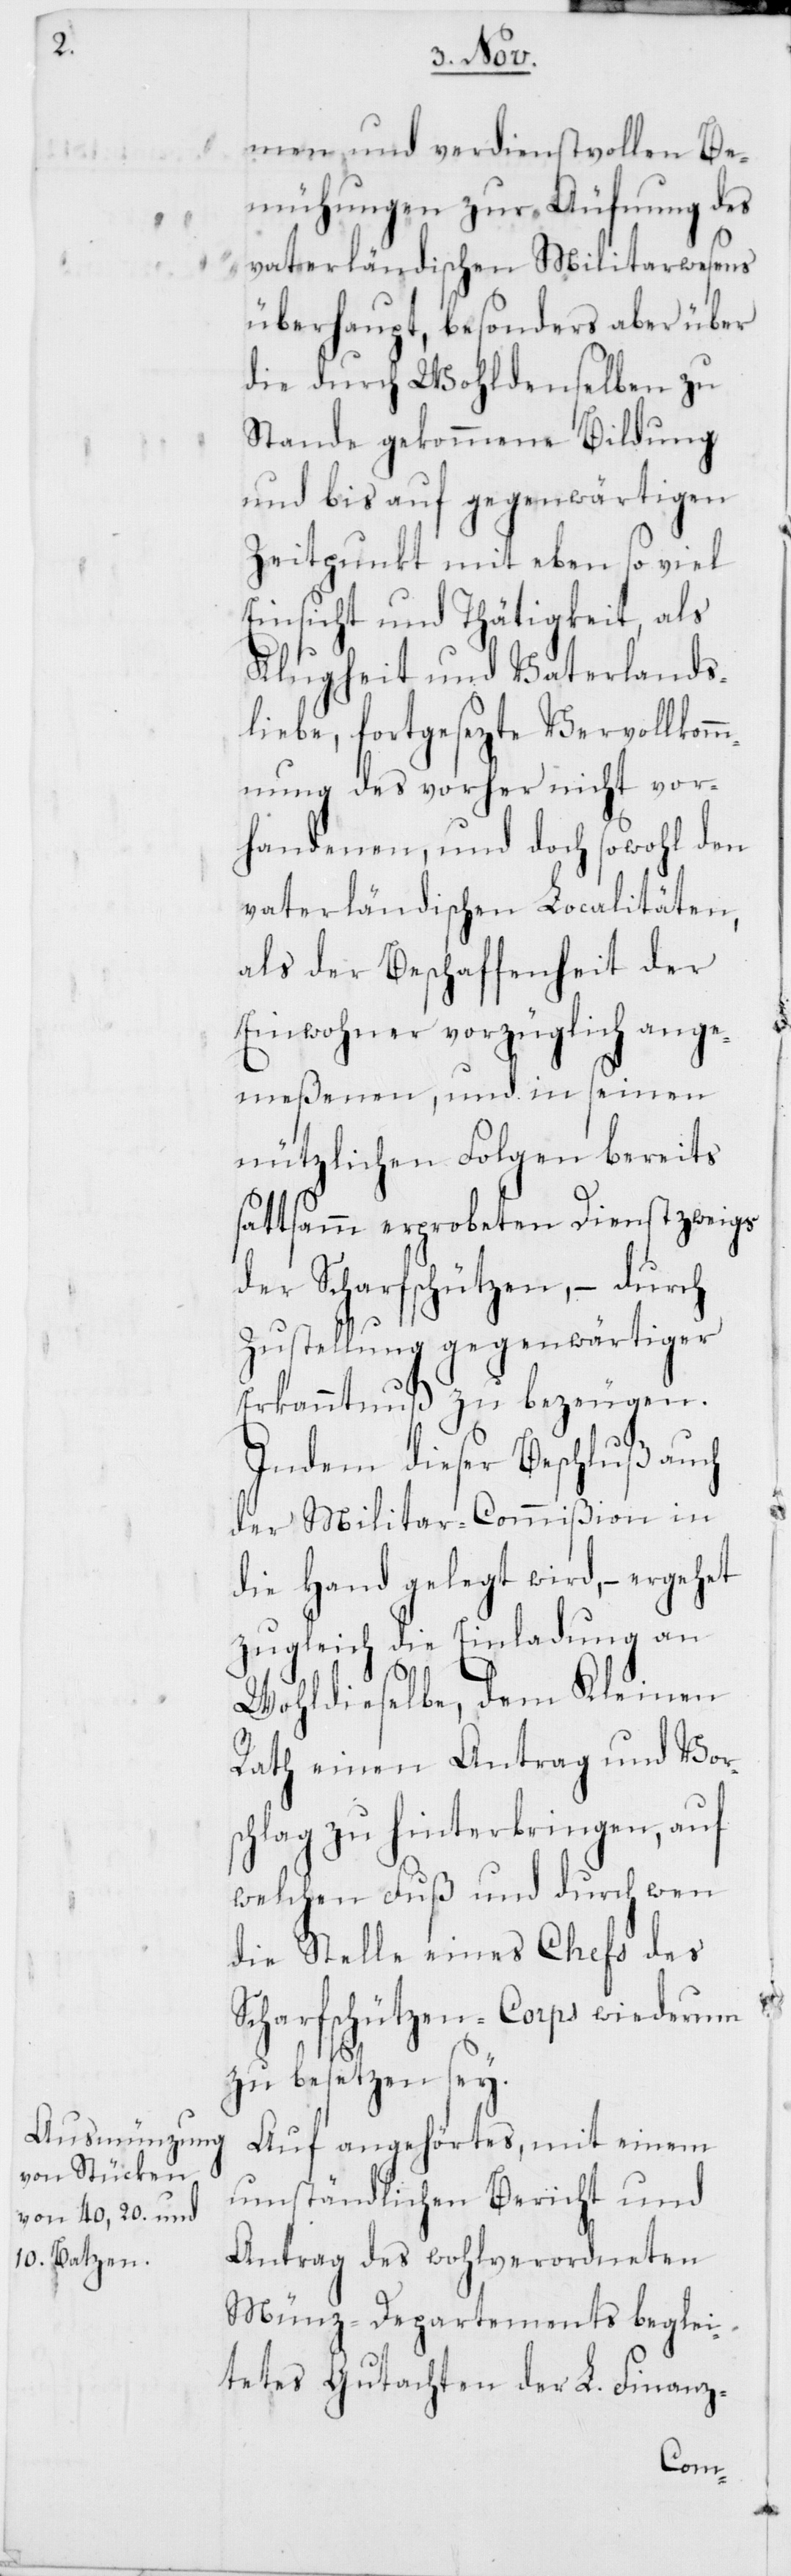
men und verdienstvollen Be¬
mühungen zur Äufnung des
vaterländischen Militarwesens
überhaupt, besonders aber über
die durch Wohldenselben zu
Stande gekommene Bildung
und bis auf gegenwärtigen
Zeitpunkt mit eben so viel
Einsicht und Thätigkeit, als
Klugheit und Vaterlands¬
liebe, fortgesezte Vervollkom¬
mnung des vorher nicht vor¬
handenen, und doch sowohl den
vaterländischen Localitäten,
als der Beschaffenheit der
Einwohner vorzüglich ange¬
meßenen, und in seinen
nützlichen Folgen bereits
sattsamm erprobeten Dienstzweigs
der Scharfschützen, – durch
Zustellung gegenwärtiger
Erkanntnuß zu bezeugen.
Indem dieser Beschluß auch
der Militar-Commißion in
die Hand gelegt wird, – ergehet
zugleich die Einladung an
Wohldieselbe, dem Kleinen
Rath einen Antrag und Vor¬
schlag zu hinterbringen, auf
welchen Fuß und durch wen
die Stelle eines Chefs des
Scharfschützen-Corps wiederum
zu besetzen sey.
Auf angehörtes, mit einem
umständlichen Bericht und
Antrag des wohlverordneten
Münz-Departements beglei¬
tetes Gutachten der L. Finanz-